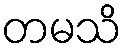
တမသိ